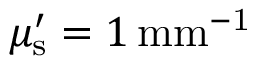
\mu _ { \mathrm { s } } ^ { \prime } = 1 \, \mathrm { { m m } ^ { - 1 } }